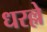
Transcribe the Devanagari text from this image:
धरल्ले